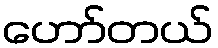
ဟော်တယ်